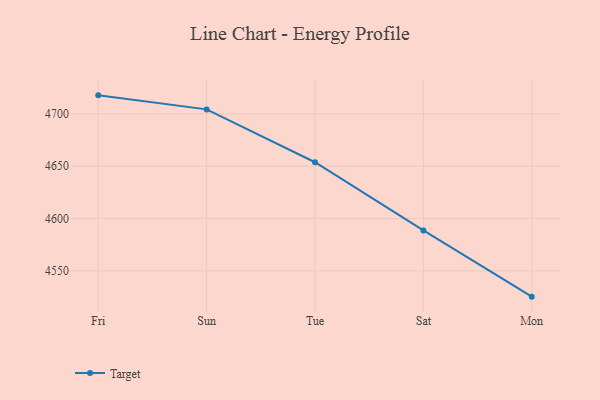
{"axis": {"x": "Day", "y": "Temperature (°C)"}, "legend": ["Target"], "data": [{"x": "Fri", "y": 4717.6, "type": "Target"}, {"x": "Sun", "y": 4704.2, "type": "Target"}, {"x": "Tue", "y": 4653.7, "type": "Target"}, {"x": "Sat", "y": 4588.6, "type": "Target"}, {"x": "Mon", "y": 4525.3, "type": "Target"}]}